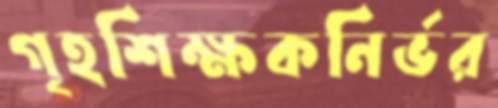
গৃহশিক্ষকনির্ভর